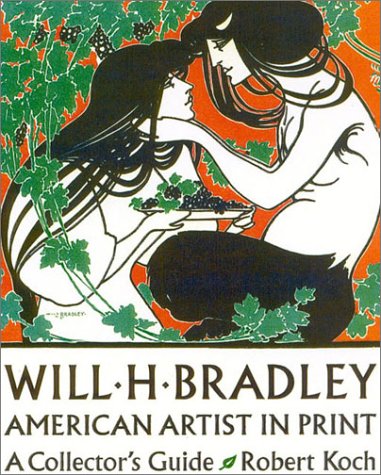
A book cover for Will H. Bradley: American Artist in Print:  A Collector's Guide (American artists in print); Robert Koch; Crafts, Hobbies & Home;